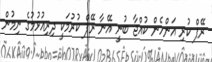
ރޭޕް ކުރި އަންހެން ކުއްޖާ ބުނީ އޭނާ ރޭޕް ކުރުމަކީ ދިރިއުޅުމުގެ ނިމުން